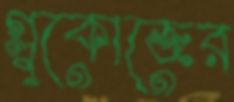
গ্লুকোজের